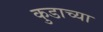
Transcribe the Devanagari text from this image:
कुडाच्या